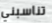
تناسبني